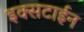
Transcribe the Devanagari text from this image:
इक्सटाईन